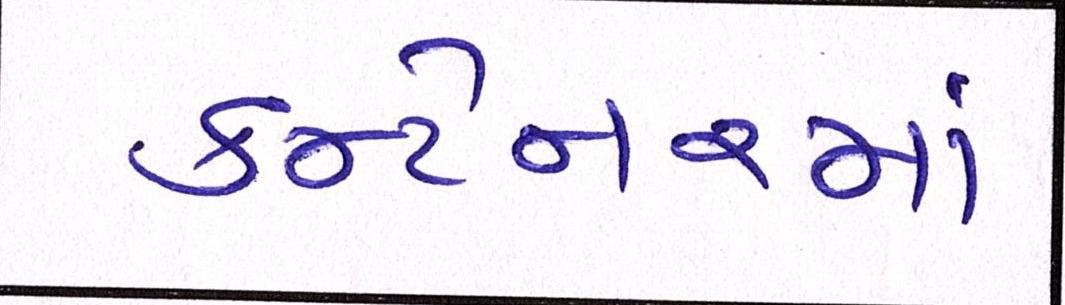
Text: કન્ટેનરમાં